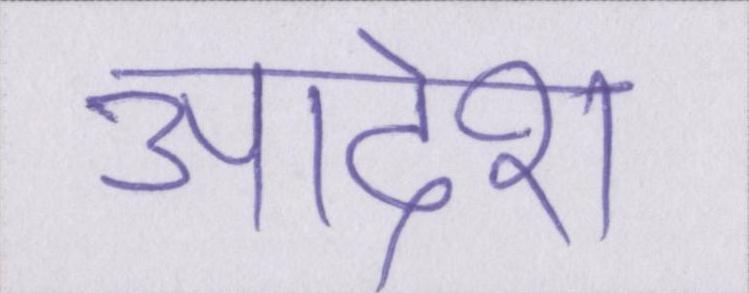
आदेश